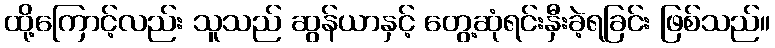
ထို့ကြောင့်လည်း သူသည် ဆွန်ယာနှင့် တွေ့ဆုံရင်းနှီးခဲ့ရခြင်း ဖြစ်သည်။